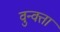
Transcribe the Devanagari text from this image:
वुन्वत्ता